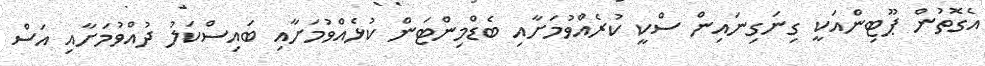
އެގޮތުން ޕޫޓިންއަކީ ގިނަގިނައިން ސްކީ ކުރެއްވުމަށާއި ބެޑްމިންޓަން ކުޅެއްވުމަށާއި ބައިސްކަލު ދުއްވުމަށާއި އަސް